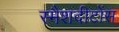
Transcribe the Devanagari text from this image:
स्मैशदीटोंस